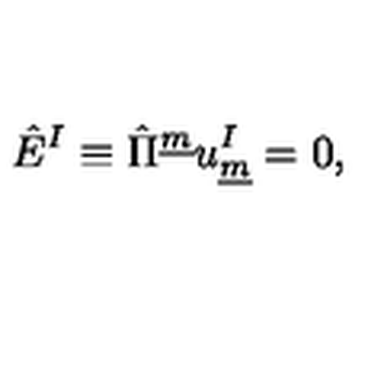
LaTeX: \hat { E } ^ { I } \equiv \hat { \Pi } ^ { \underline { { m } } } u _ { \underline { { m } } } ^ { I } = 0 , \qquad